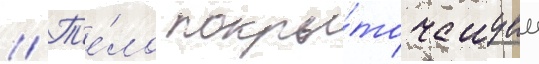
// Т'е́ло покры́то чешуеи